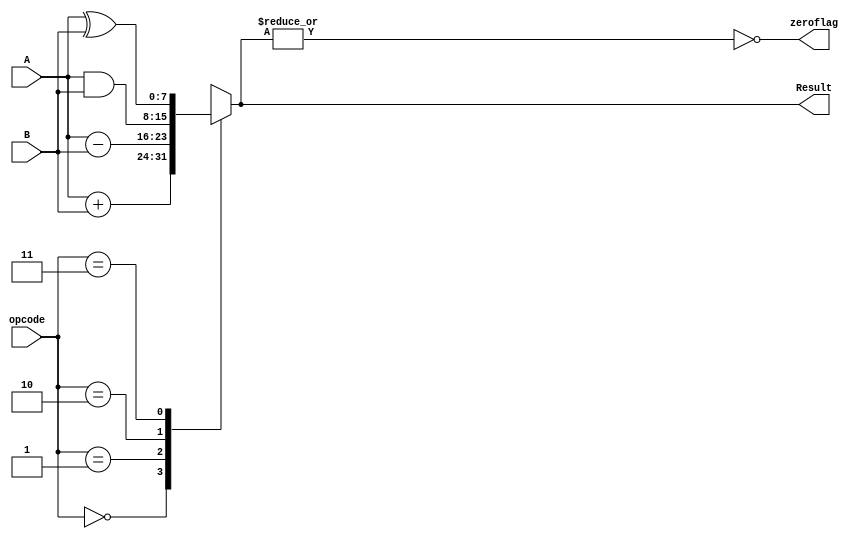
module ALU(Result,zeroflag, opcode,A,B);
output[7:0] Result;
output zeroflag;
input [7:0] A,B;
input [1:0] opcode;
reg   [7:0] Result;

assign zeroflag= ~|Result;
always @ *
       case (opcode)
      2'b00:  Result <= A+B;
      2'b01:  Result <= A-B;
      2'b10:  Result <= A &B;
      2'b11:    Result <= A^B;
      default:	Result <= 8'd0;
    endcase
endmodule


module tb_ALU();
reg clk, reset;
reg[7:0] ResultExpected;
wire[7:0] Result;
wire zeroflag;
reg zeroflagExprected;
reg [7:0] A,B;
reg [1:0] opcode;
reg [31:0] vectornum, errors;
reg [26:0] testvectors [10000:0];
// instantiate device under test
ALU DUT (Result, zeroflag, opcode,A,B);
// generate clock
always
begin
clk = 1; #5; clk = 0; #5;
end
// at start of test, load vectors
// and pulse reset
initial
begin
$readmemb ("alu_example.tv", testvectors);
vectornum = 0; errors = 0;
reset = 1; #27; reset = 0;
end
// apply test vectors on rising edge of clk
always @ (posedge clk)
begin
 #1; {ResultExpected, zeroflagExprected, opcode, A, B} = testvectors[vectornum];
end
// check results on falling edge of clk
always @ (negedge clk)
if (~reset) begin // skip during reset
if (Result !== ResultExpected) begin
$display ("Error: inputs = %b", {A, B});
$display ("outputs = %b (%b expected), ZeroFlag = %b (%b expected)",Result, ResultExpected,zeroflag, zeroflagExprected);
errors = errors + 1;
end
vectornum = vectornum + 1;
if (testvectors[vectornum] === 4'bx) begin
$display ("%d tests completed with %d errors",vectornum, errors);
//$finish;
end
end
endmodule